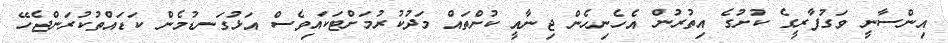
އިންސާނީ ވަގުފާރީގެ ކުށުގެ އިތުރުން އެހެނިހެން ޖިނާއީ ކުށްތައް މަދުކުރުމަށްޓަކައިވެސް އަޅުގަނޑުމެން ކަޑައްތުކުރަންޖެހޭ